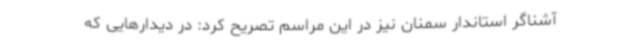
آشناگر استاندار سمنان نیز در این مراسم تصریح کرد: در دیدارهایی که